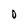
Character: O